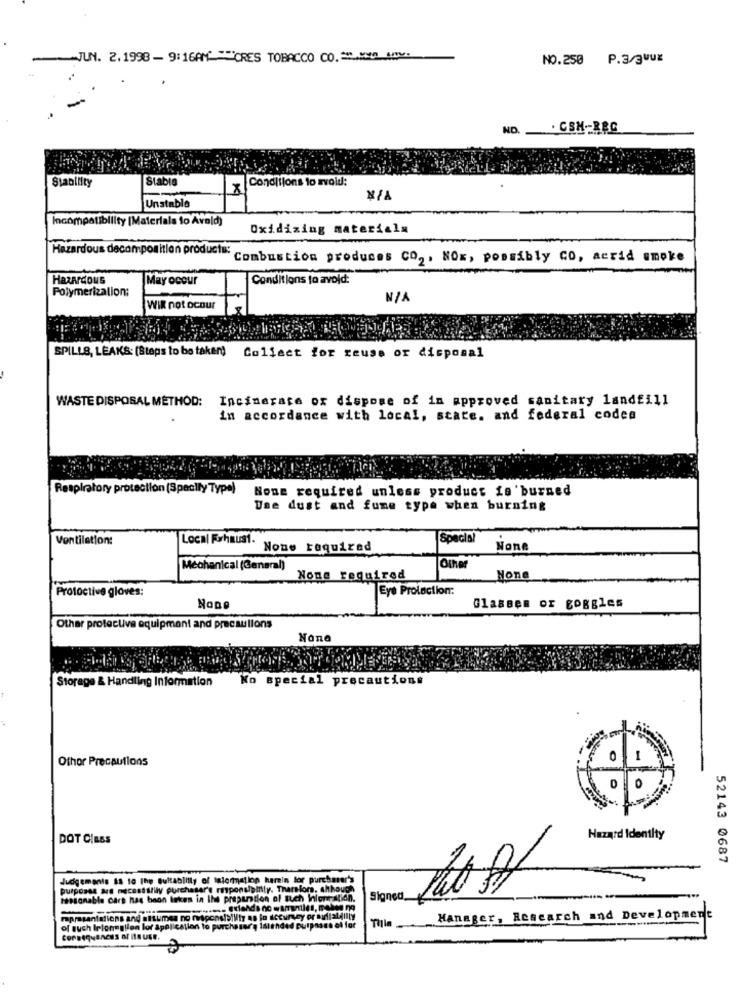
JUN. 2.1998- 9:16AM ="CRES TOBACCO CO. " .
NO.
. CSH- RBC
Stability
Stable
Conditions to avoid:
NA
Unstable
Incompatibility [Materials to Avoid)
Oxidizing materials
Hazardous decomposition products:
Combustion produces CO2, NOx, possibly CO, acrid smoke
Hazardous
May occur
Conditions to avoid:
Polymerization:
Wik not ocour
Istic
SPILLS, LEAKS: (Steps to betaken) Collect for reuse or disposal
WASTE DISPOSAL METHOD: Incinerate ox dispose of in approved sanitary landfill
in accordance with local, state. and federal codea
Respiratory protection (Specily Type)
None required unless product is burned
Use dust and fume type when burning
Ventilation:
Local Fyhaust.
Special
None required
Mechanical (General)
Other
None required
Protoctive gloves:
Eye Prolection:
NODe
GlasBem or Boggles
Other protective equipment and precautions
Storage & Handling Information
Ko special precautions
Othor Precautions
DOT CIESS
Hazard Identity
52143 0687
ements Is to the Buktablilly of talonation
purpose
pulposse ad necestsilly purchaser'e risponalpin
restonable cars has boon boken in the prepunto
Signed
rapresentations and attumes no responsibility no
Manager, Research and Development
of such Irloneglien lor application to purchase',
Consequences of Hause.